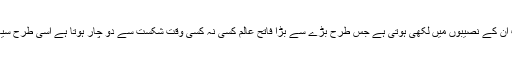
جنگی لیڈر ہوں یا سیاسی لیڈر، فتح و شکست ان کے نصیبوں میں لکھی ہوتی ہے جس طرح بڑے سے بڑا فاتح عالم کسی نہ کسی وقت شکست سے دو چار ہوتا ہے اسی طرح سیاسی رہنما بھی ناکامیوں کا سامنا کرتے ہیں۔